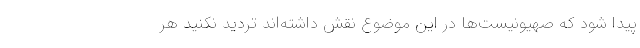
پیدا شود که صهیونیست‌ها در این موضوع نقش داشته‌اند تردید نکنید هر